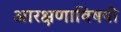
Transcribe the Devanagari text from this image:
आरक्षणाविषयी